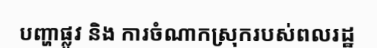
បញ្ហាផ្លូវ និង ការចំណាកស្រុករបស់ពលរដ្ឋ